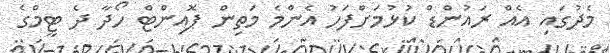
މެދުގައި އެއް ރައުންޑް ކުޅުމަށްފަހު އެންމެ މަތިން ޕޮއިންޓް ހޯދާ ދެ ޓީމްގެ